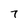
Character: 7